Civil Veterinary Dept. Assam report 1927-50 - 1927-1950
Year: 1927
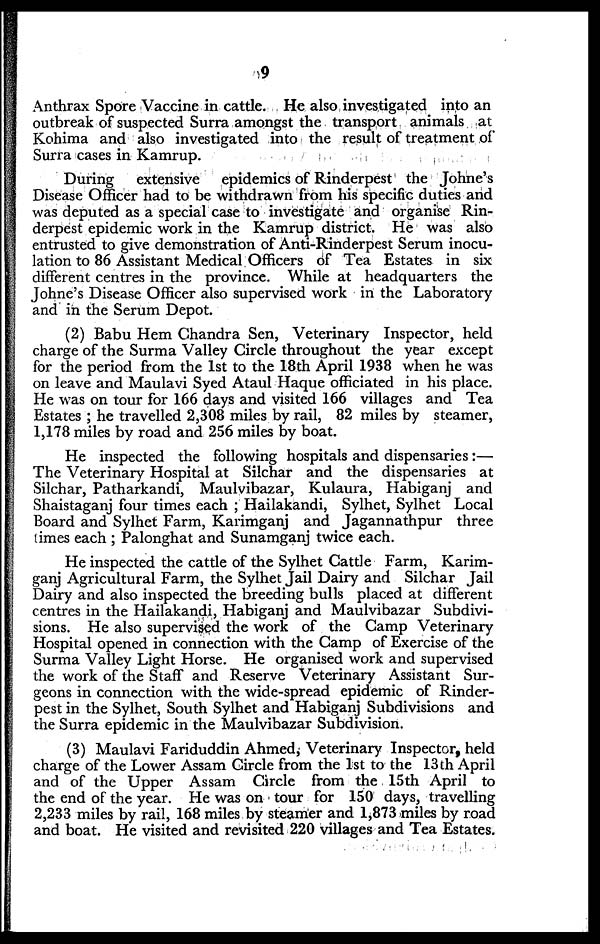
9
Anthrax Spore Vaccine in cattle. He also investigated into an
outbreak of suspected Surra amongst the transport animals at
Kohima and also investigated into the result of treatment of
Surra cases in Kamrup.
During
extensive epidemics of Rinderpest the Johne's
Disease Officer had to be withdrawn from his specific duties and
was deputed as a special case to investigate and organise Rin-
derpest epidemic work in the Kamrup district. He was also
entrusted to give demonstration of Anti-Rinderpest Serum inocu-
lation to 86 Assistant Medical Officers of Tea Estates in six
different centres in the province. While at headquarters the
Johne's Disease Officer also supervised work in the Laboratory
and in the Serum Depot.
(2) Babu Hem Chandra Sen, Veterinary Inspector, held
charge of the Surma Valley Circle throughout the year except
for the period from the 1st to the 18th April 1938 when he was
on leave and Maulavi Syed Ataul Haque officiated in his place.
He was on tour for 166 days and visited 166 villages and Tea
Estates ; he travelled 2,308 miles by rail, 82 miles by steamer,
1,178 miles by road and 256 miles by boat.
He inspected the following hospitals and dispensaries:—
The Veterinary Hospital at Silchar and the dispensaries at
Silchar, Patharkandi, Maulvibazar, Kulaura, Habiganj and
Shaistaganj four times each ; Hailakandi, Sylhet, Sylhet Local
Board and Sylhet Farm, Karimganj and Jagannathpur three
times each ; Palonghat and Sunamganj twice each.
He inspected the cattle of the Sylhet Cattle Farm, Karim-
ganj Agricultural Farm, the Sylhet Jail Dairy and Silchar Jail
Dairy and also inspected the breeding bulls placed at different
centres in the Hailakandi, Habiganj and Maulvibazar Subdivi-
sions. He also supervised the work of the Camp Veterinary
Hospital opened in connection with the Camp of Exercise of the
Surma Valley Light Horse. He organised work and supervised
the work of the Staff and Reserve Veterinary Assistant Sur-
geons in connection with the wide-spread epidemic of Rinder-
pest in the Sylhet, South Sylhet and Habiganj Subdivisions and
the Surra epidemic in the Maulvibazar Subdivision.
(3) Maulavi Fariduddin Ahmed, Veterinary Inspector, held
charge of the Lower Assam Circle from the 1st to the 13th April
and of the Upper Assam Circle from the 15th April to
the end of the year. He was on tour for 150 days, travelling
2,233 miles by rail, 168 miles by steamer and 1,873 miles by road
and boat. He visited and revisited 220 villages and Tea Estates.